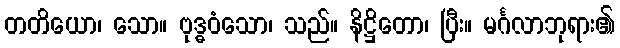
တတိယော၊ သော။ ဗုဒ္ဓဝံသော၊ သည်။ နိဋ္ဌိတော၊ ပြီး။ မင်္ဂလာဘုရား၏